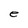
Character: e